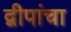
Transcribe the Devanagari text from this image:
द्वीपांचा